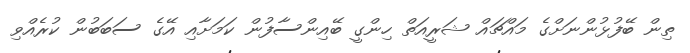
ތިން ބޭފުޅުންނަށްގެ މައްޗައް ޝަރީއަތް ހިންގީ ބޭއިންސާފުން ކަމަށާއި އޭގެ ސަބަބުން ކުރެއްވި